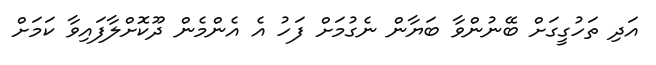
އަދި ތަހުގީގަށް ބޭނުންވާ ބަޔާން ނެގުމަށް ފަހު އެ އެންމެން ދޫކޮށްލާފައިވާ ކަމަށް